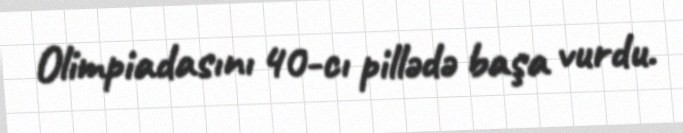
Olimpiadasını 40-cı pillədə başa vurdu.